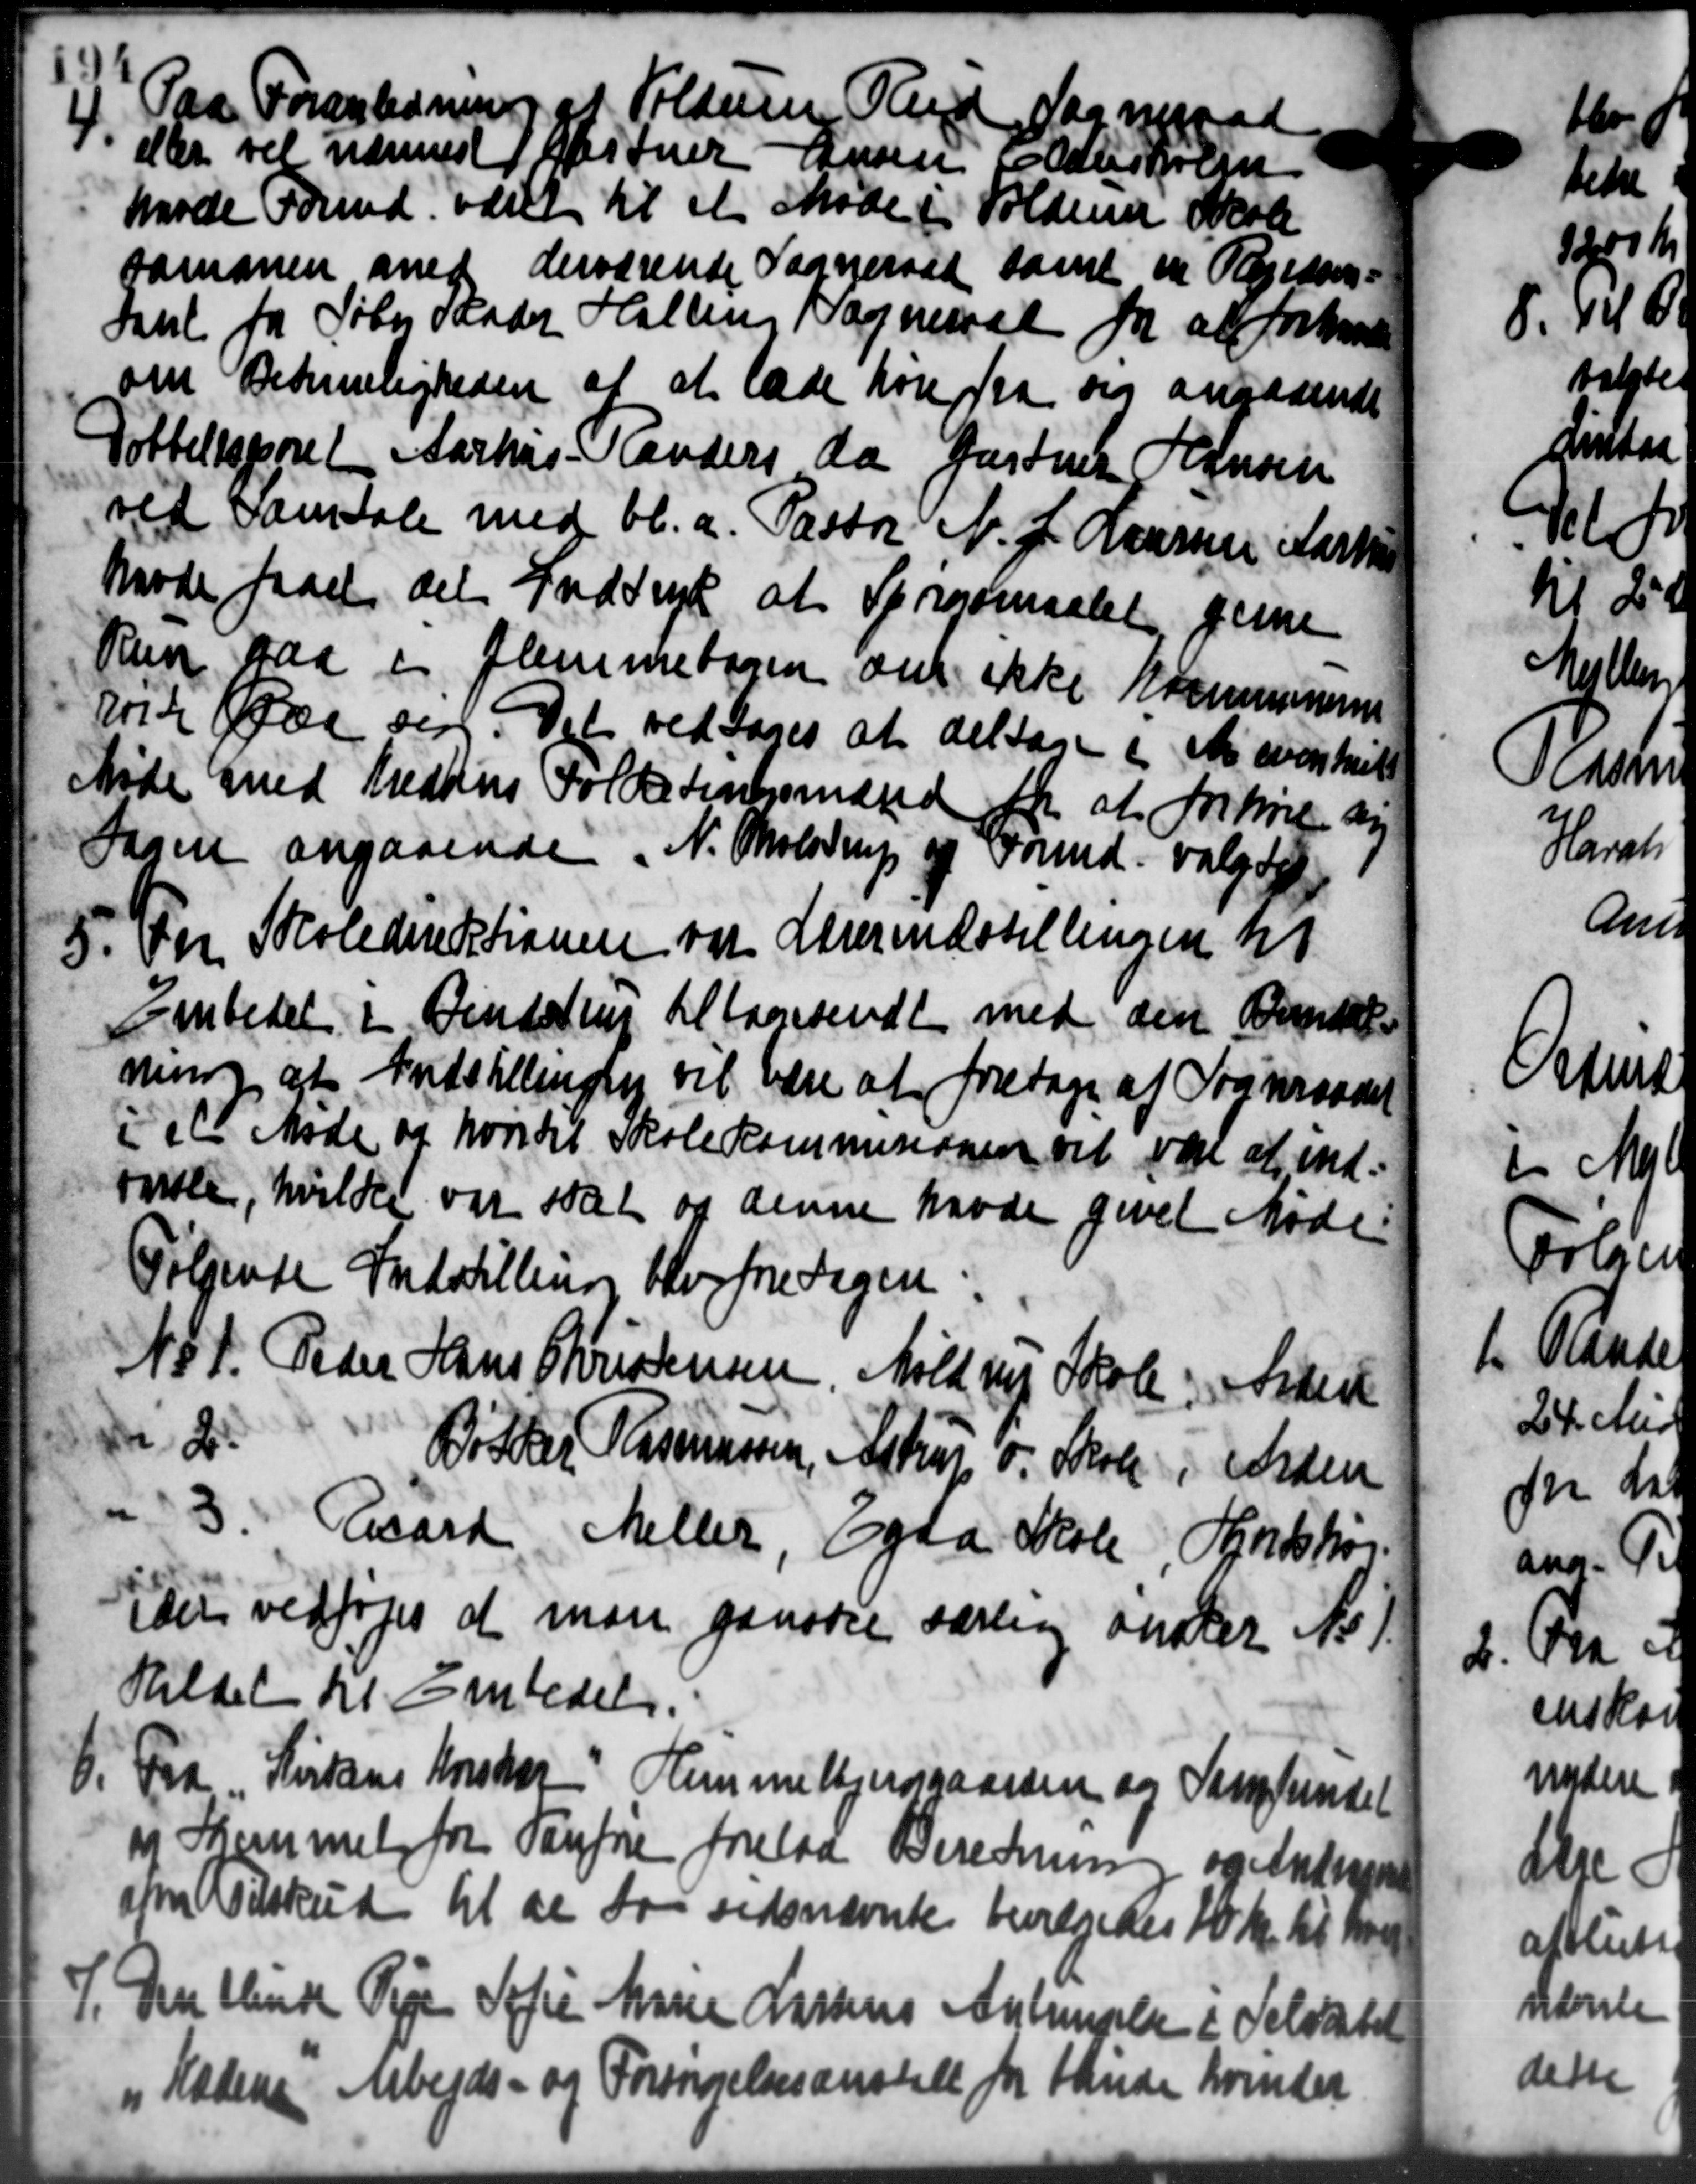
Transskription:
Paa Foranledning af Folderen Ved Sogneraad
der vil nærmest Hartner Hansen Adlerskole
Møde Formd. været til et Møde i Holdene Skole
sammen med derværende Sogneraad samt en Regedom-
Saul fra Søber Maader Halling Sogneraad for at forhand
om Betimeligheden af at lade hører fra sig angaaende
Totteltsporet Aarhus Randers da Gartner Hansen
ved Samtale med bl.a. Pastor N. J. Laursen Karte
Møde faaet det Indtryk at Sprørsmaalet gene
Run saa i Flemmebogen om ikke Kommunens
krike er sen. Det vedtoges at deltage i et overskell
Møde med Kredsens Folketingsmænd for at forhøre an
Sagen angaaende N. Tholstrup og Formd. valgtes
5. Fra Skoledirektionen var Sverindstillingen til
5. Fra Skoledirektionen var Sverindstillingen til
Embedet i Vendstrup til foresendt med den Brendet
ning af Indstillingen vil være at foretage af Sogneraadet
i et Møde og hvortil Skolekommisionen vil være at ind-
tale, hvilke var stat og denne havde givet Møde.
Følgende Indstilling blev fredagen
No 1. Peder Hans Christensen Møldrup Skole: Sidere
2
B. der Rasmussen, Astrup og Skole i Orden
3. Raaard Meller, Egaa Skole, Hjortshøj.
idet vedtoges at man ganske særling ønsker No).
Hildet til Embedet.
6.
Fra Kirkens Kristor Hemmebjerggaarden og Samfundet
og Stemmel for Vanføre forelaa Beretning og Andragende
som Tilskud til at saa sidsnævnte bevilgedes 10 Kr. til have
7. Den blindt Pige Sofie Marie Larsens Anbringelse i Selvatet
7. Den blindt Pige Sofie Marie Larsens Anbringelse i Selvatet
"s Kædene Arbejds- og Forsørgelsesanstalt for Hander kvinder

det